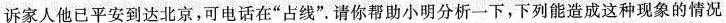
诉家人他已平安到达北京，可电话在”占线”请你帮助小明分析一下，下列能造成这种现象的情况